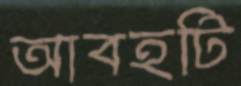
আবহটি